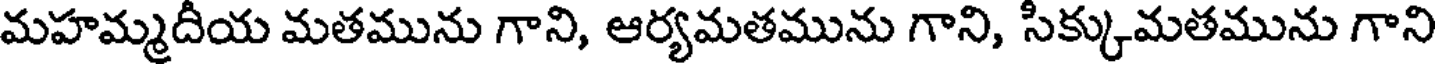
మహమ్మదీయ మతమును గాని, ఆర్యమతమును గాని, సిక్కుమతమును గాని